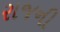
રાજની